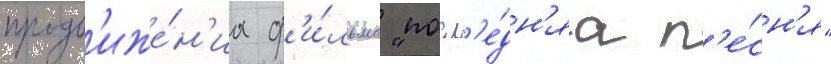
продв'иже́н'иа ф'и́льма "посл'е́дн'яа п'е́сн'я"